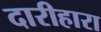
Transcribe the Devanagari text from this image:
दारीहारा